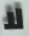
لا